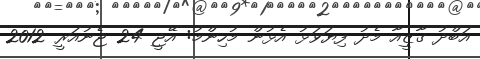
އަބްދު ގާޒީއާ މެދު ފިޔަވަޅު އެޅުން މުހިންމު: އޭޖީ 24 ޖެނުއަރީ 2012